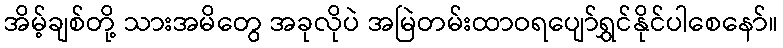
အိမ့်ချစ်တို့ သားအမိတွေ အခုလိုပဲ အမြဲတမ်းထာဝရပျော်ရွှင်နိုင်ပါစေနော်။